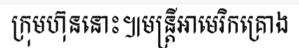
ក្រុមហ៊ុននោះ៕មន្ត្រីអាមេរិកគ្រោង